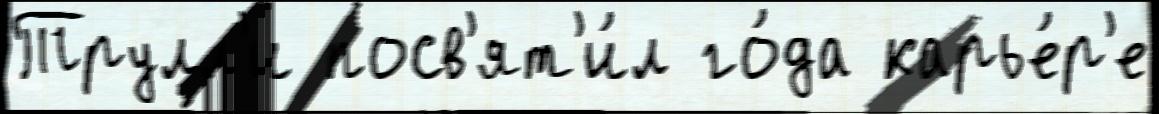
Трулл'и посв'ят'и́л го́да карье́р'е